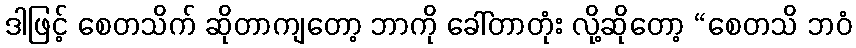
ဒါဖြင့် စေတသိက် ဆိုတာကျတော့ ဘာကို ခေါ်တာတုံး လို့ဆိုတော့ “စေတသိ ဘဝံ